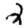
Digit: 2